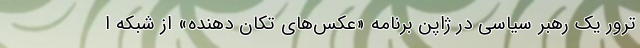
ترورِ یک رهبر سیاسی در ژاپن برنامه «عکس‌های تکان دهنده» از شبکه ا